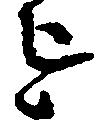
を